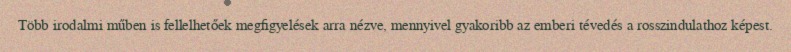
Több irodalmi műben is fellelhetőek megfigyelések arra nézve, mennyivel gyakoribb az emberi tévedés a rosszindulathoz képest.